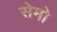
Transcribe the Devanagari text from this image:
सेमो